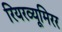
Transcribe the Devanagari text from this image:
रियरव्यूमिरर